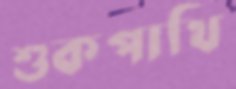
শুকপাখি